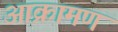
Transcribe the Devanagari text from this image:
आक्रामण